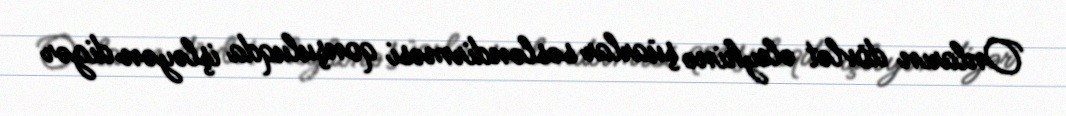
Onların dövlət əleyhinə şüarlar səsləndirməsi qonşuluqda işləyən digər